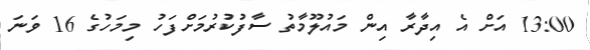
13:00 އަށް އެ އިދާރާ އިން މައުލޫމާތު ސާފުކުރުމަށްފަހު މިމަހުގެ 16 ވަނަ